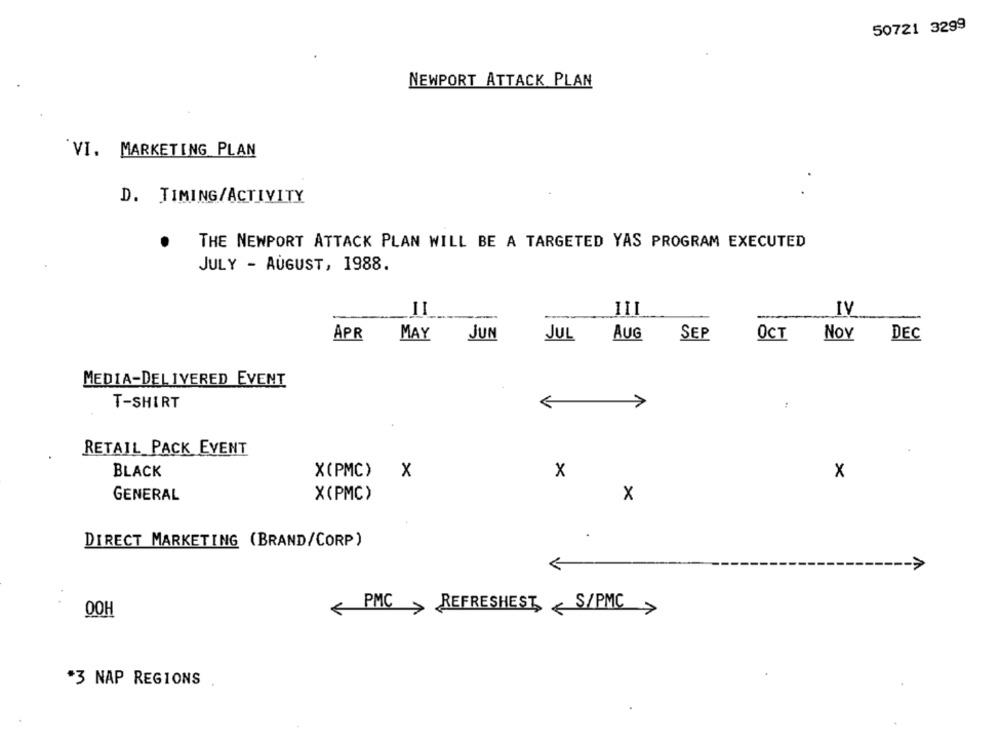
50721 3299
NEWPORT ATTACK PLAN
VI. MARKETING PLAN
D. TIMING/ACTIVITY
THE NEWPORT ATTACK PLAN WILL BE A TARGETED YAS PROGRAM EXECUTED
JULY - AUGUST, 1988.
II
III
IV
APR
MAY
JUN
JUL AUG
SEP
OCT
Nov
DEC
MEDIA-DELIVERED EVENT
T-SHIRT
< >
RETAIL PACK EVENT
BLACK
X(PMC)
x
x
x
GENERAL
X(PMC)
x
.
DIRECT MARKETING (BRAND/CORP)
OOH
< PMC > REFRESHEST, < S/PMC>
*3 NAP REGIONS